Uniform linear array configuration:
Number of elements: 4
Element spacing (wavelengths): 0.25
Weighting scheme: hann
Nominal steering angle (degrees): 15
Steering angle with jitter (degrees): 13.96
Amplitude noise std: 0.05
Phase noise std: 0.05

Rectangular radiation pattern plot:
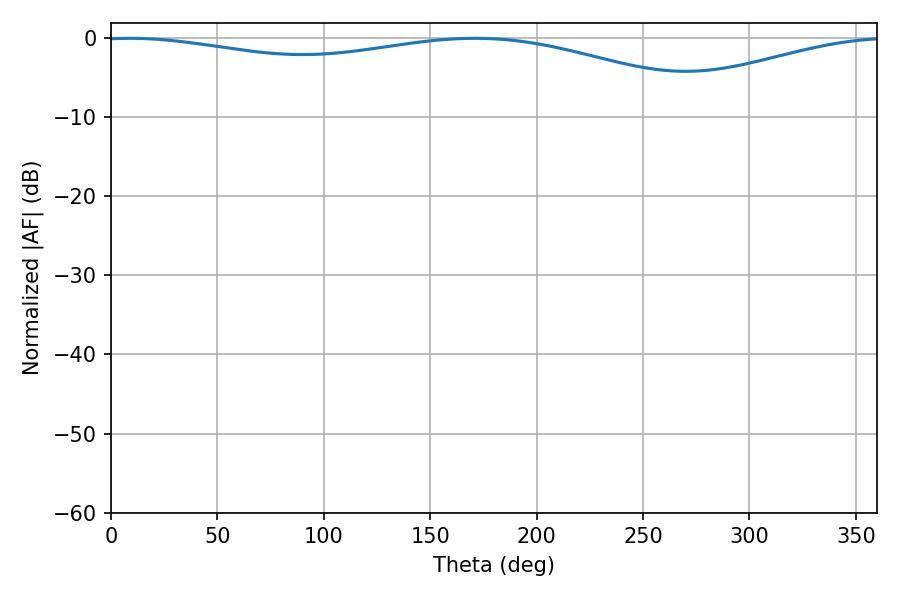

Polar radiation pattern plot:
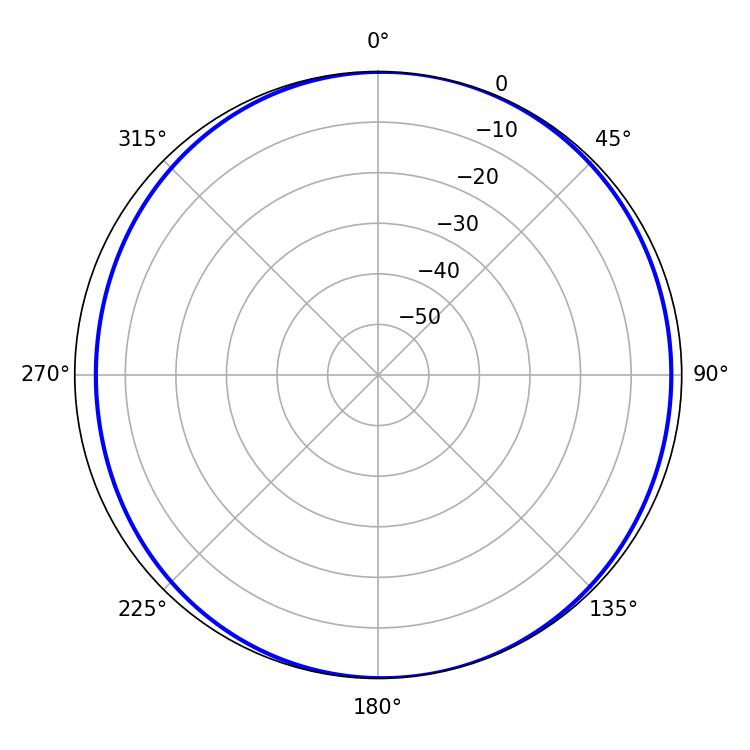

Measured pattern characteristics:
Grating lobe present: FALSE
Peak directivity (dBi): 6.697
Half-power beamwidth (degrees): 237.96
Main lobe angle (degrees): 9